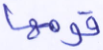
قومها